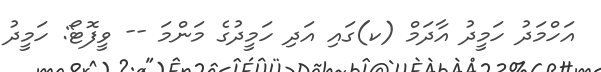
އަހްމަދު ހަމީދު އާދަމް (ކ)ގައި އަދި ހަމީދުގެ މަންމަ -- ވީފޮޓޯ: ހަމީދު